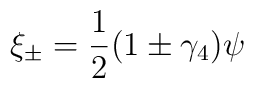
\xi_{\pm} = \frac{1}{2} (1 \pm \gamma_{4}) \psi